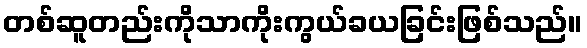
တစ်ဆူတည်းကိုသာကိုးကွယ်ခယခြင်းဖြစ်သည်။